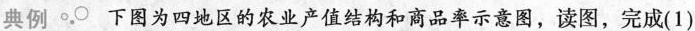
典例 下图为四地区的农业产值结构和商品率示意图，读图，完成(1)